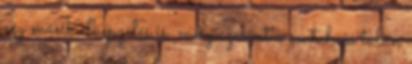
egy másik elképzelés is, mely szerint a csatahajó talán